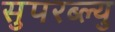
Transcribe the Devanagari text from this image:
सुपरब्ल्यु